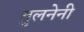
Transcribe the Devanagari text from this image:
तुलनेनी